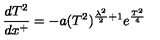
\frac { d T ^ { 2 } } { d x ^ { + } } = - a ( T ^ { 2 } ) ^ { \frac { \lambda ^ { 2 } } { 2 } + 1 } e ^ { \frac { T ^ { 2 } } { 4 } }